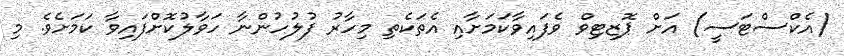
(އެކްސްޓަސީ) އަށް ޕޮޒިޓިވް ވެފައިވާކަމަށާއި އެތަކެތި މިހާރު ފުލުހުންނާ ހަވާލުކޮށްފައިވާ ކަމަށެވެ. މި